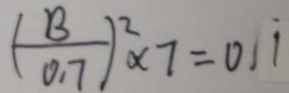
( \frac { B } { 0 . 7 } ) ^ { 2 } \times 7 = 0 . 1 \dot { 1 }